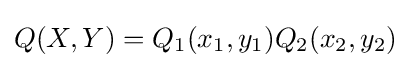
Q(X,Y)=Q_{1}(x_{1},y_{1})Q_{2}(x_{2},y_{2})